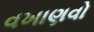
વખાણવો